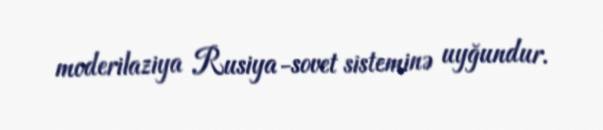
moderilaziya Rusiya-sovet sisteminə uyğundur.